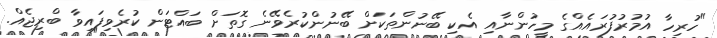
"ހުރިހާ އުމުރުފުރައެއްގެ މީހުންނާއި އެކި ބޭނުންތަކަށް ބޭނުންކުރެވޭނެ ގޮތަށް ބައްޓަން ކުރެވިފައިވާ ބްރިޖެއް.